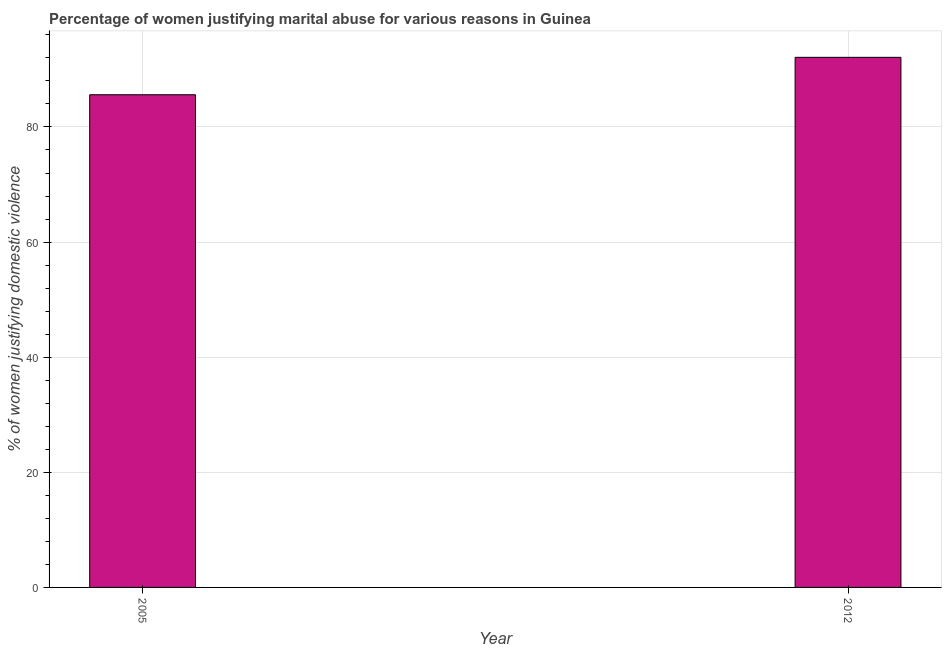
| Year | Physical abuse |
 | --- | --- |
 | 2005 | 85.6 |
 | 2012 | 92.1 |